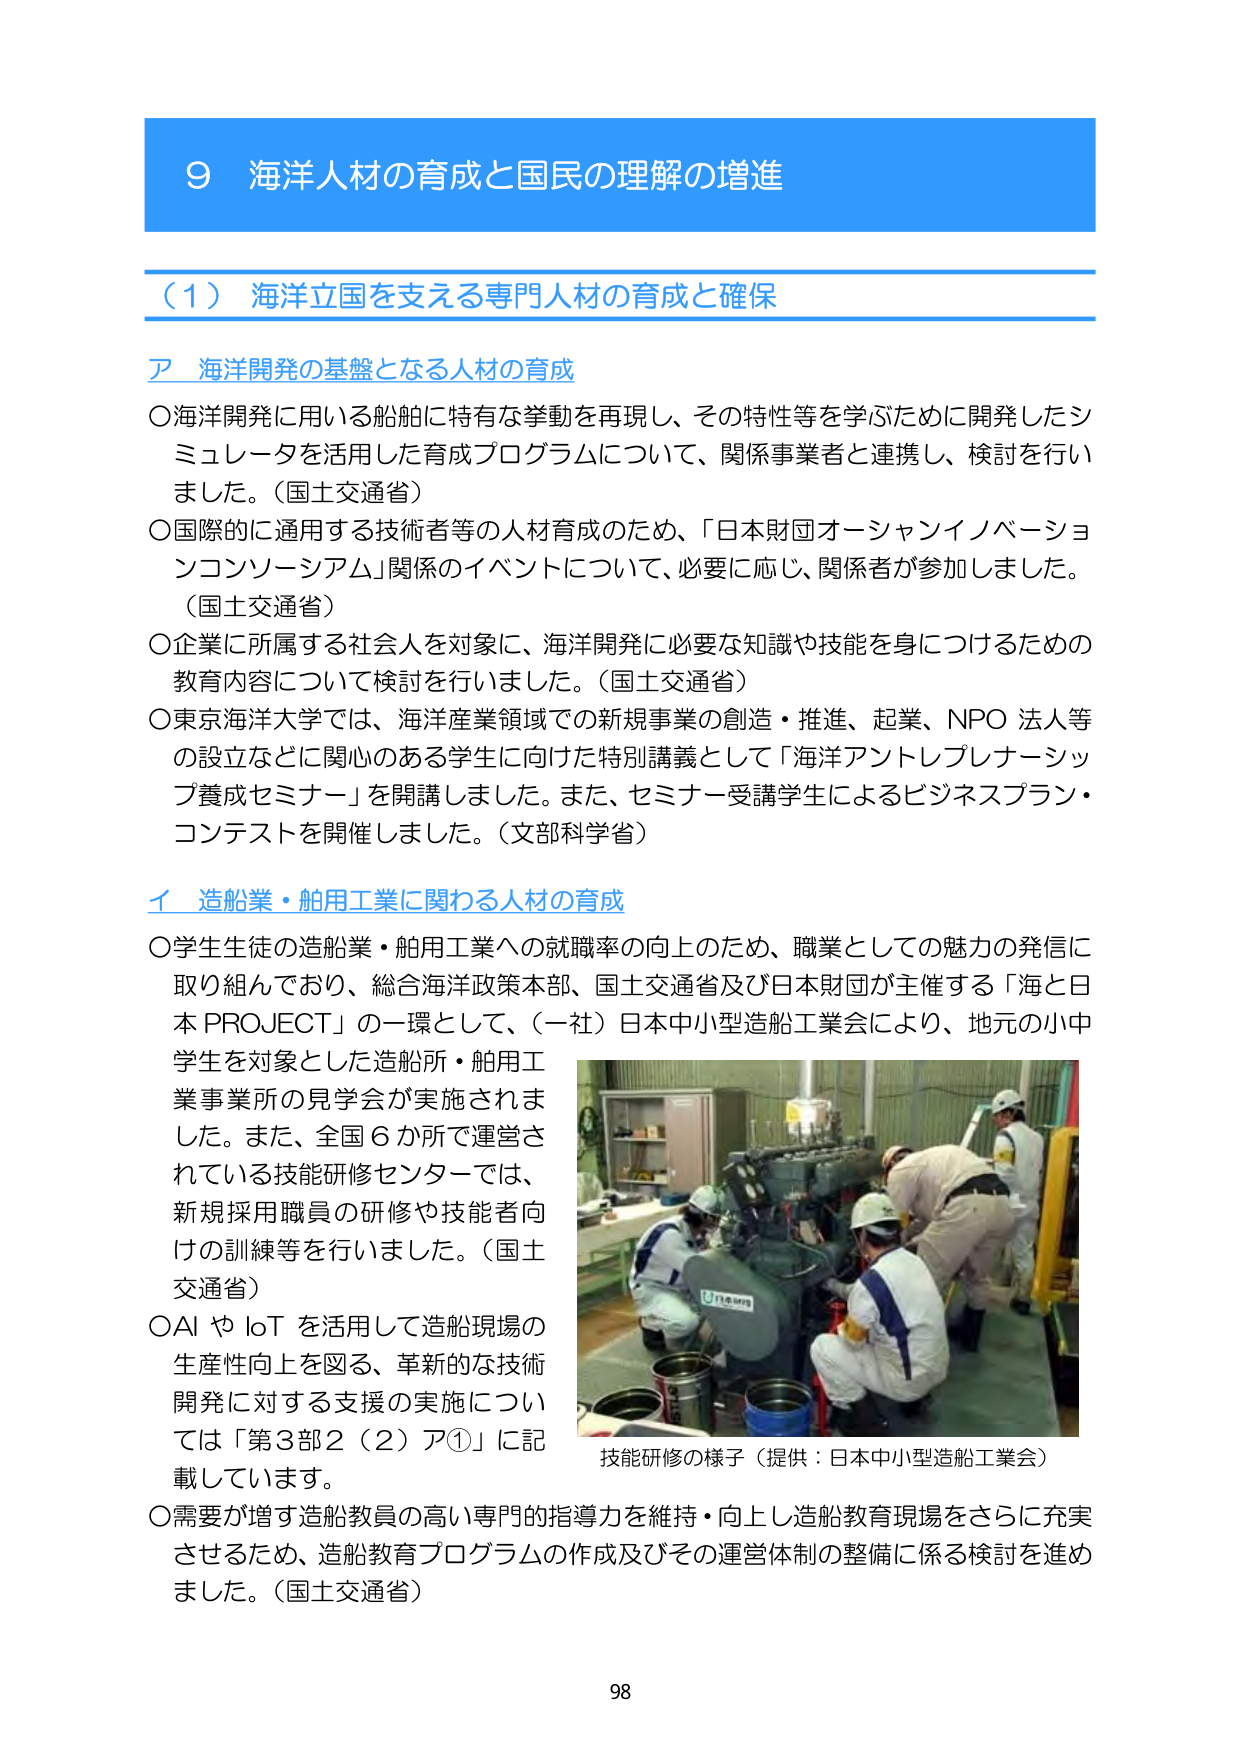
9 海洋人材の育成と国民の理解の増進

（1）海洋立国を支える専門人材の育成と確保

ア 海洋開発の基盤となる人材の育成

○海洋開発に用いる船舶に特有な挙動を再現し、その特性等を学ぶために開発したシミュレータを活用した育成プログラムについて、関係事業者と連携し、検討を行いました。（国土交通省）

○国際的に通用する技術者等の人材育成のため、「日本財団オーシャンイノベーションコンソーシアム」関係のイベントについて、必要に応じ、関係者が参加しました。（国土交通省）

○企業に所属する社会人を対象に、海洋開発に必要な知識や技能を身につけるための教育内容について検討を行いました。（国土交通省）

○東京海洋大学では、海洋産業領域での新規事業の創造・推進、起業、NPO法人等の設立などに関心のある学生に向けた特別講義として「海洋アントレプレナーシップ養成セミナー」を開講しました。また、セミナー受講学生によるビジネスプラン・コンテストを開催しました。（文部科学省）

イ 造船業・舶用工業に関わる人材の育成

○学生生徒の造船業・舶用工業への就職率の向上のため、職業としての魅力の発信に取り組んでおり、総合海洋政策本部、国土交通省及び日本財団が主催する「海と日本PROJECT」の一環として、（一社）日本中小型造船工業会により、地元の小中学生を対象とした造船所・舶用工業事業所の見学会が実施されました。また、全国6か所で運営されている技能研修センターでは、新規採用職員の研修や技能者向けの訓練等を行いました。（国土交通省）

○AIやIoTを活用して造船現場の生産性向上を図る、革新的な技術開発に対する支援の実施については「第3部2（2）ア①」に記載しています。

○需要が増す造船教員の高い専門的指導力を維持・向上し造船教育現場をさらに充実させるため、造船教育プログラムの作成及びその運営体制の整備に係る検討を進めました。（国土交通省）

技能研修の様子（提供：日本中小型造船工業会）

98